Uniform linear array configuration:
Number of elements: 48
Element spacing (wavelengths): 0.75
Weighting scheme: uniform
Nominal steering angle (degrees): -45
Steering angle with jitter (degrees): -46.666
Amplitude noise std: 0.05
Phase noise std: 0.05

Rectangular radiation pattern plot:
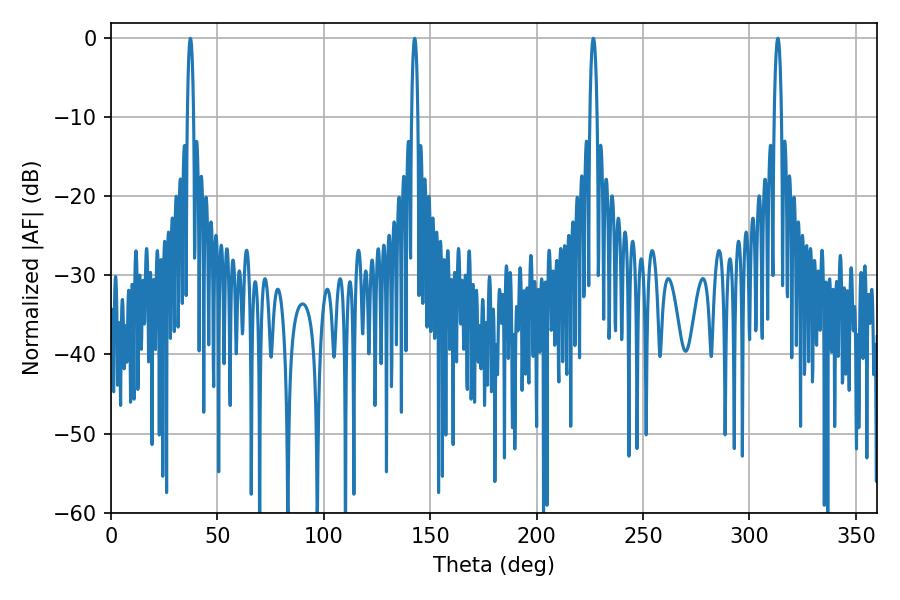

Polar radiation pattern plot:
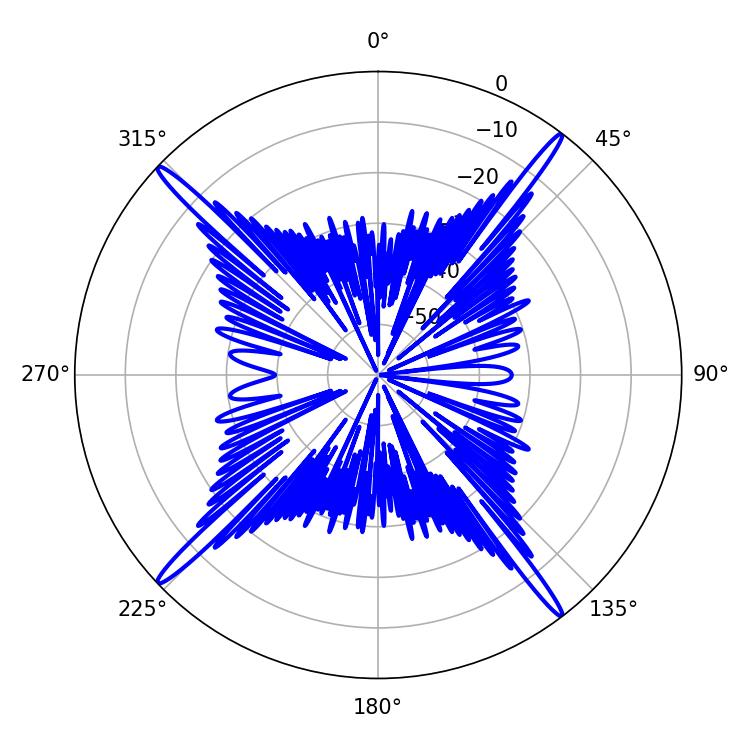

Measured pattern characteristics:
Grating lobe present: TRUE
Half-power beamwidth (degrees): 1.8
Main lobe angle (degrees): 226.62